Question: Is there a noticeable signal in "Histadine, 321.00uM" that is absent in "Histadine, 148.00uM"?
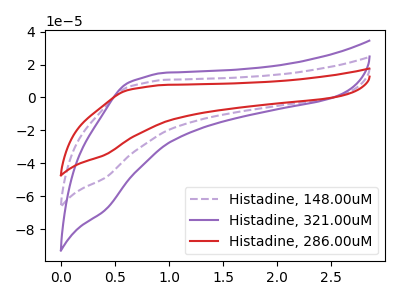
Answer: <think>The purple dashed curve "Histadine, 148.00uM" has no peaks. The purple curve "Histadine, 321.00uM" has no peaks. The red curve "Histadine, 286.00uM" has no peaks.
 Neither "Histadine, 321.00uM" or "Histadine, 148.00uM" have any peaks.</think>
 <answer>No, "Histadine, 321.00uM" and "Histadine, 148.00uM" don't appear to be significantly different in shape</answer>
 <eval>no_change</eval>